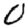
Digit: 0